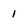
Character: 1